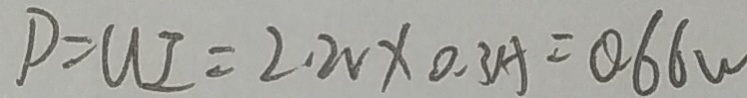
P = u I = 2 . 2 v \times 0 . 3 A = 0 . 6 6 w